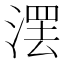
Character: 𣺽